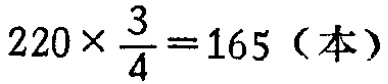
$220\times \frac{3}{4}=165（本）$